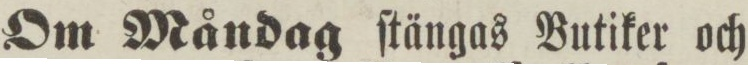
Om Måndag ſtängas Butiker och